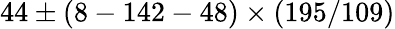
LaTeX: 44\pm(8-142-48)\times(195/109)